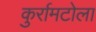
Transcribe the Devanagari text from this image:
कुर्रामटोला